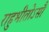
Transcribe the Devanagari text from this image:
राहुभीतोऽसौ